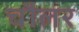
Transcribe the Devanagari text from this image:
चौलर